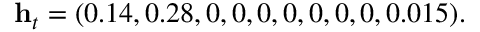
\mathbf { h } _ { t } = ( 0 . 1 4 , 0 . 2 8 , 0 , 0 , 0 , 0 , 0 , 0 , 0 , 0 . 0 1 5 ) .